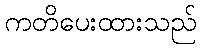
ကတိပေးထားသည်